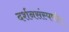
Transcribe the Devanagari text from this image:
दर्शनसंस्पर्षात्